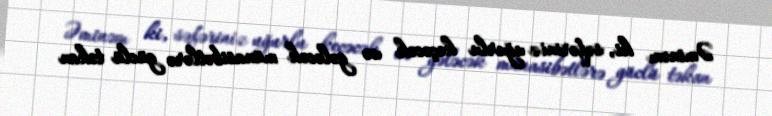
Əminəm ki, səfəriniz uğurlu keçəcək və gələcək münasibətlərə güclü təkan